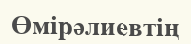
Өмірәлиевтің